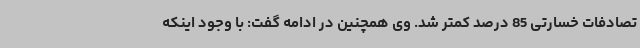
تصادفات خسارتی 85 درصد کمتر شد. وی همچنین در ادامه گفت: با وجود اینکه